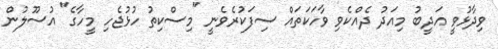
ވިދާޅުވީ އަދީބު މިއަދު ދެއްކެވި ވާހަކަތައް ސިފަކުރެވެނީ "މިސްކިތު ހުޅުޖެހި މީހާގެ" އުސޫލުން